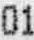
01